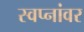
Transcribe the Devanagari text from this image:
स्वप्नांवर